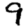
Digit: 9